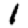
Digit: 1